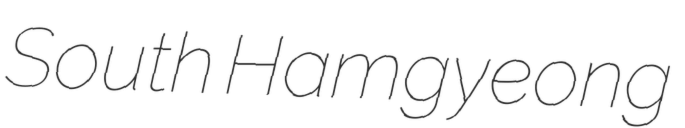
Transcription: South Hamgyeong